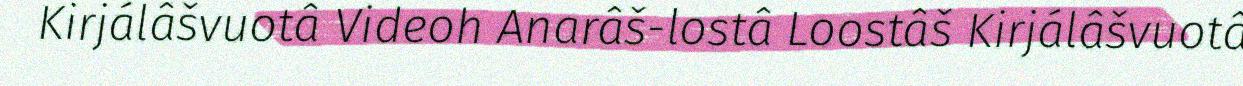
Kirjálâšvuotâ Videoh Anarâš-lostâ Loostâš Kirjálâšvuotâ